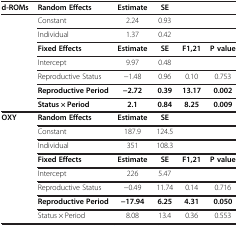
<table><thead><tr><td><b>d-ROMs</b></td><td><b>Random Effects</b></td><td><b>Estimate</b></td><td><b>SE</b></td><td><b> </b></td><td><b> </b></td></tr></thead><tbody><tr><td> </td><td>Constant</td><td>2.24</td><td>0.93</td><td> </td><td> </td></tr><tr><td> </td><td>Individual</td><td>1.37</td><td>0.42</td><td> </td><td> </td></tr><tr><td> </td><td><b>Fixed Effects</b></td><td><b>Estimate</b></td><td><b>SE</b></td><td><b>F1,21</b></td><td><b>P value</b></td></tr><tr><td> </td><td>Intercept</td><td>9.97</td><td>0.48</td><td> </td><td> </td></tr><tr><td> </td><td>Reproductive Status</td><td>−1.48</td><td>0.96</td><td>0.10</td><td>0.753</td></tr><tr><td> </td><td><b>Reproductive Period</b></td><td><b>−2.72</b></td><td><b>0.39</b></td><td><b>13.17</b></td><td><b>0.002</b></td></tr><tr><td> </td><td><b>Status × Period</b></td><td><b>2.1</b></td><td><b>0.84</b></td><td><b>8.25</b></td><td><b>0.009</b></td></tr><tr><td><b>OXY</b></td><td><b>Random Effects</b></td><td><b>Estimate</b></td><td><b>SE</b></td><td> </td><td> </td></tr><tr><td> </td><td>Constant</td><td>187.9</td><td>124.5</td><td> </td><td> </td></tr><tr><td> </td><td>Individual</td><td>351</td><td>108.3</td><td> </td><td> </td></tr><tr><td> </td><td><b>Fixed Effects</b></td><td><b>Estimate</b></td><td><b>SE</b></td><td><b>F1,21</b></td><td><b>P value</b></td></tr><tr><td> </td><td>Intercept</td><td>226</td><td>5.47</td><td> </td><td> </td></tr><tr><td> </td><td>Reproductive Status</td><td>−0.49</td><td>11.74</td><td>0.14</td><td>0.716</td></tr><tr><td> </td><td><b>Reproductive Period</b></td><td><b>−17.94</b></td><td><b>6.25</b></td><td><b>4.31</b></td><td><b>0.050</b></td></tr><tr><td> </td><td>Status × Period</td><td>8.08</td><td>13.4</td><td>0.36</td><td>0.553</td></tr></tbody></table>